Vaccine operations Central Provinces 1868-1885 - 1868-1885
Year: 1868
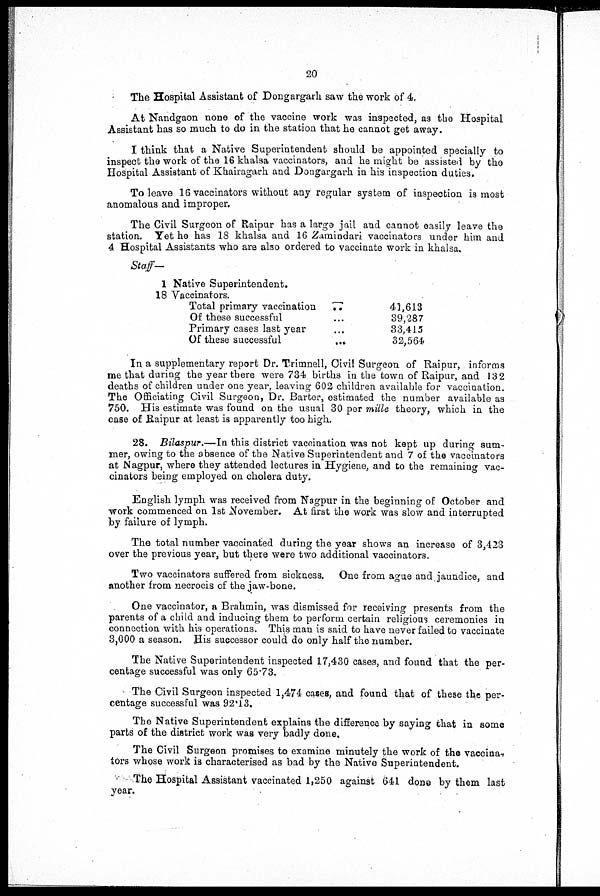
20
The Hospital Assistant of Dongargarh saw the work of 4.
At Nandgaon none of the vaccine work was inspected, as the Hospital
Assistant has so much to do in the station that he cannot get away.
I think that a Native Superintendent should be appointed specially to
inspect the work of the 16 khalsa vaccinators, and he might be assisted by the
Hospital Assistant of Khairagarh and Dongargarh in his inspection duties.
To leave 16 vaccinators without any regular system of inspection is most
anomalous and improper.
The Civil Surgeon of Raipur has a large jail and cannot easily leave the
station. Yet he has 18 khalsa and 16 Zamindari vaccinators under him and
4 Hospital Assistants who are also ordered to vaccinate work in khalsa.
Staff—
1 Native Superintendent.
18 Vaccinators.
Total primary vaccination... ... ...
Of these successful... ... ...
Primary cases last year... ... ...
Of these
successful...
...
41,613
39,287
33,415
32,564
In a supplementary report Dr. Trimnell, Civil Surgeon of Raipur, informs
me that during the year there were 734 births in the town of Raipur, and 132
deaths of children under one year, leaving 602 children available for vaccination.
The Officiating Civil Surgeon, Dr. Barter, estimated the number available as
750. His estimate was found on the usual 30 per mille theory, which in the
case of Raipur at least is apparently too high.
28. Bilaspur.—In this district vaccination was not kept up during sum-
mer, owing to the absence of the Native Superintendent and 7 of the vaccinators
at Nagpur, where they attended lectures in Hygiene, and to the remaining vac-
cinators being employed on cholera duty.
English lymph was received from Nagpur in the beginning of October and
work commenced on 1st November. At first the work was slow and interrupted
by failure of lymph.
The total number vaccinated during the year shows an increase of 3,423
over the previous year, but there were two additional vaccinators.
Two vaccinators suffered from sickness. One from ague and jaundice, and
another from necrocis of the jaw-bone.
One vaccinator, a Brahmin, was dismissed for receiving presents from the
parents of a child and inducing them to perform certain religious ceremonies in
connection with his operations. This man is said to have never failed to vaccinate
3,000 a season. His successor could do only half the number.
The Native Superintendent inspected 17,430 cases, and found that the per-
centage successful was only 65.73.
The Civil Surgeon inspected 1,474 cases, and found that of these the per-
centage successful was 92.13.
The Native Superintendent explains the difference by saying that in some
parts of the district work was very badly done.
The Civil Surgeon promises to examine minutely the work of the vaccina-
tors whose work is characterised as bad by the Native Superintendent.
The Hospital Assistant vaccinated 1,250 against 641 done by them last
year.